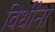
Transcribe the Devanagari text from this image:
विधींना